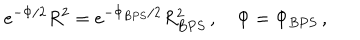
LaTeX: e ^ { - \Phi / 2 } R ^ { 2 } = e ^ { - \Phi _ { B P S } / 2 } R _ { B P S } ^ { 2 } \, , \quad \Phi = \Phi _ { B P S } \, ,